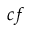
c f